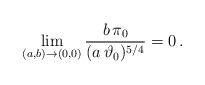
LaTeX: \begin{align*} \lim _{(a,b)\to (0,0)} \frac {b\, \pi_0}{ (a\, \vartheta _0 )^{5/4}} =0\,. \end{align*}